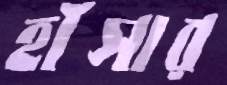
হাঁসার